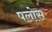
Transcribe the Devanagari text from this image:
पलोस